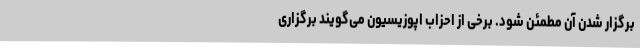
برگزار شدن آن مطمئن شود. برخی از احزاب اپوزیسیون می‌گویند برگزاری